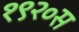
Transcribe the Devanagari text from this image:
१९२०स